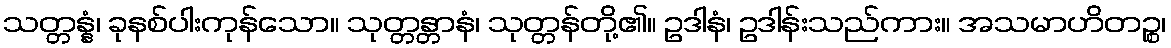
သတ္တန္နံ၊ ခုနစ်ပါးကုန်သော။ သုတ္တန္တာနံ၊ သုတ္တန်တို့၏။ ဥဒါနံ၊ ဥဒါန်းသည်ကား။ အသမာဟိတဉ္စ၊